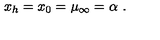
x _ { h } = x _ { 0 } = \mu _ { \infty } = \alpha \ .